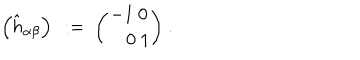
\left( \hat { h } _ { \alpha \beta } \right) \ : = \ { \binom { - 1 \ 0 } { \quad 0 \ 1 } } \ .